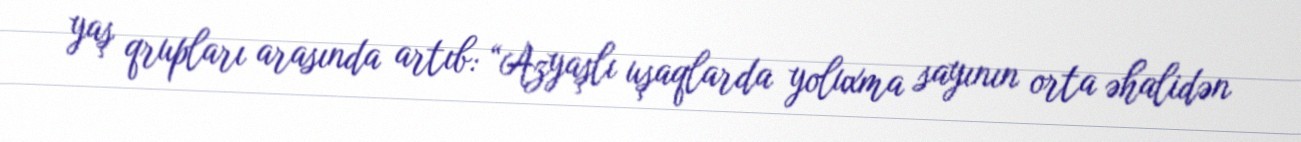
yaş qrupları arasında artıb: “Azyaşlı uşaqlarda yoluxma sayının orta əhalidən